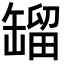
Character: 𦉉